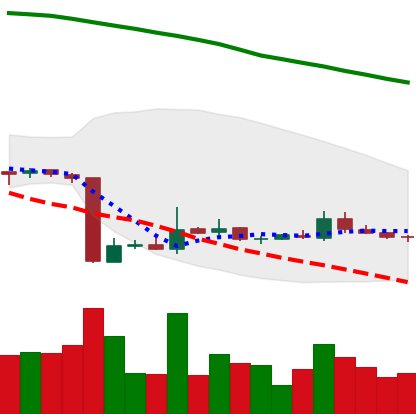
Ticker: ETC-USD
Chart end date: 2018-10-26
Forward return: -6.829%
Label: down_5_7